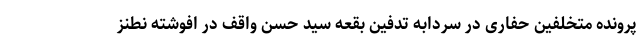
پرونده متخلفین حفاری در سردابه تدفین بقعه سید حسن واقف در افوشته نطنز